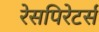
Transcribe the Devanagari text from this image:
रेसपिरेटर्स